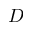
D